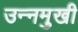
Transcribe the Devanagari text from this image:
उन्‍नमुखी